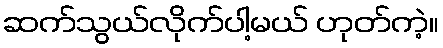
ဆက်သွယ်လိုက်ပါ့မယ် ဟုတ်ကဲ့။